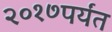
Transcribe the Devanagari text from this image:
२०१७पर्यंत